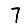
Digit: 7